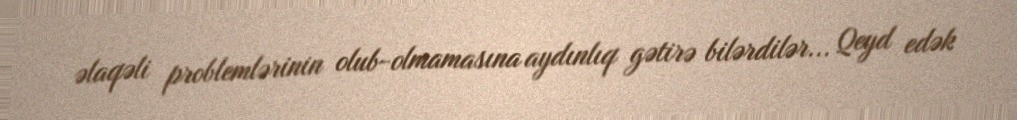
əlaqəli problemlərinin olub-olmamasına aydınlıq gətirə bilərdilər... Qeyd edək